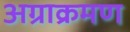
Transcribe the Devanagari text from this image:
अग्राक्रमण